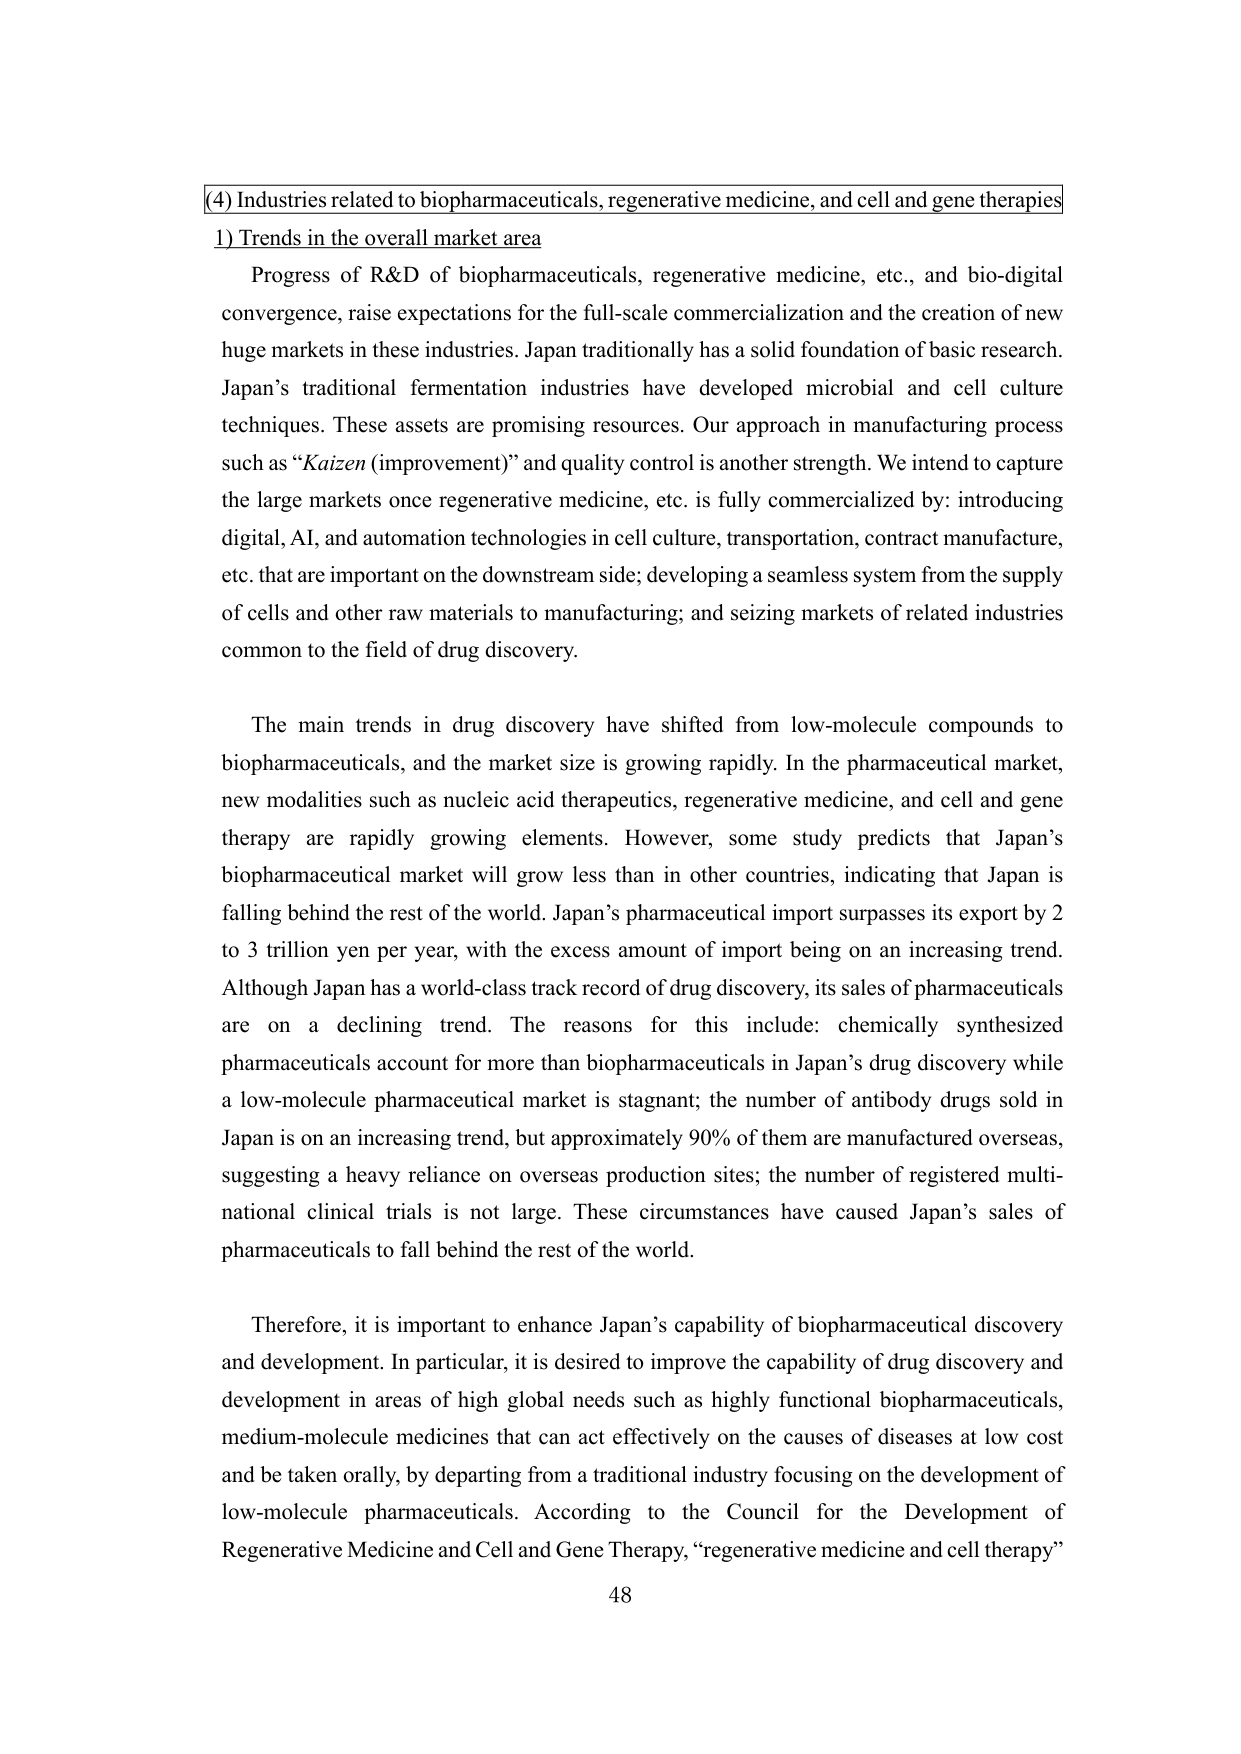
(4) Industries related to biopharmaceuticals, regenerative medicine, and cell and gene therapies

1) Trends in the overall market area

Progress of R&D of biopharmaceuticals, regenerative medicine, etc., and bio-digital convergence, raise expectations for the full-scale commercialization and the creation of new huge markets in these industries. Japan traditionally has a solid foundation of basic research. Japan’s traditional fermentation industries have developed microbial and cell culture techniques. These assets are promising resources. Our approach in manufacturing process such as “Kaizen (improvement)” and quality control is another strength. We intend to capture the large markets once regenerative medicine, etc. is fully commercialized by: introducing digital, AI, and automation technologies in cell culture, transportation, contract manufacture, etc. that are important on the downstream side; developing a seamless system from the supply of cells and other raw materials to manufacturing; and seizing markets of related industries common to the field of drug discovery.

The main trends in drug discovery have shifted from low-molecule compounds to biopharmaceuticals, and the market size is growing rapidly. In the pharmaceutical market, new modalities such as nucleic acid therapeutics, regenerative medicine, and cell and gene therapy are rapidly growing elements. However, some study predicts that Japan’s biopharmaceutical market will grow less than in other countries, indicating that Japan is falling behind the rest of the world. Japan’s pharmaceutical import surpasses its export by 2 to 3 trillion yen per year, with the excess amount of import being on an increasing trend. Although Japan has a world-class track record of drug discovery, its sales of pharmaceuticals are on a declining trend. The reasons for this include: chemically synthesized pharmaceuticals account for more than biopharmaceuticals in Japan’s drug discovery while a low-molecule pharmaceutical market is stagnant; the number of antibody drugs sold in Japan is on an increasing trend, but approximately 90% of them are manufactured overseas, suggesting a heavy reliance on overseas production sites; the number of registered multinational clinical trials is not large. These circumstances have caused Japan’s sales of pharmaceuticals to fall behind the rest of the world.

Therefore, it is important to enhance Japan’s capability of biopharmaceutical discovery and development. In particular, it is desired to improve the capability of drug discovery and development in areas of high global needs such as highly functional biopharmaceuticals, medium-molecule medicines that can act effectively on the causes of diseases at low cost and be taken orally, by departing from a traditional industry focusing on the development of low-molecule pharmaceuticals. According to the Council for the Development of Regenerative Medicine and Cell and Gene Therapy, “regenerative medicine and cell therapy”

48